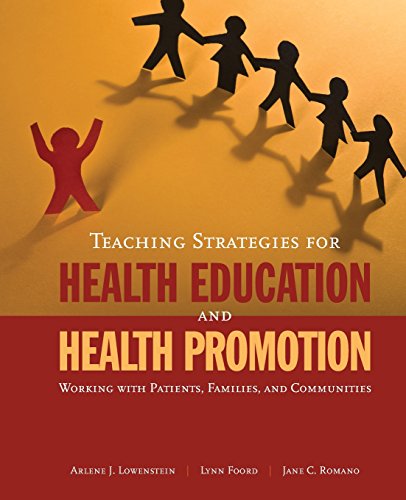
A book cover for Teaching Strategies For Health Education And Health Promotion: Working With Patients, Families, And Communities; Arlene Lowenstein; Medical Books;